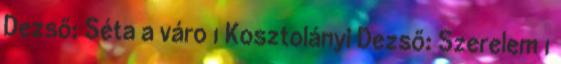
Dezső: Séta a váro 1 Kosztolányi Dezső: Szerelem 1